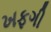
ખફગી